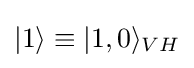
|1\rangle \equiv |1,0\rangle _{VH}